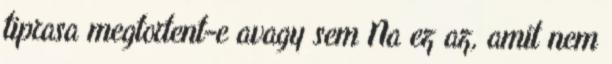
tiprasa megtortent-e avagy sem Na ez az, amit nem